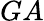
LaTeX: GA